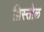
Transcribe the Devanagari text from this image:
ब्रिस्तोल